Report on plague in the Punjab from October 1st ... to September 30th ..., being the ... season of plague in the province
Disease focus: Plague
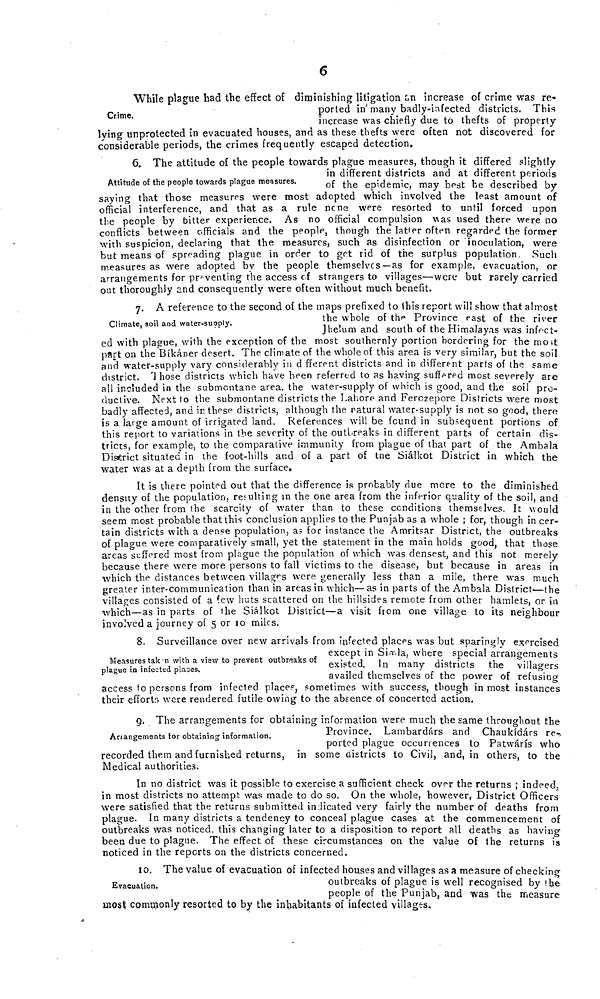
6
Crime.
While plague had the effect of diminishing litigation an increase of crime was re-
ported in many badly-infected districts. This
increase was chiefly due to thefts of property
lying unprotected in evacuated houses, and as these thefts were often not discovered tor
considerable periods, the crimes frequently escaped detection.
Attitude of the people towards plague measures.
6. The attitude of the people towards plague measures, though it differed slightly
in different districts and at different periods
of the epidemic, may best be described by
saying that those measures were most adopted which involved the least amount of
official interference, and that as a rule none were resorted to until forced upon
the people by bitter experience. As no official compulsion was used there were no
conflicts between officials and the people, though the latter often regarded the former
with suspicion, declaring that the measures, such as disinfection or inoculation, were
but means of spreading plague in order to get rid of the surplus population. Such
measures as were adopted by the people themselves—as for example, evacuation, or
arrangements for preventing the access of strangers to villages—were but rarely carried
out thoroughly and consequently were often without much benefit.
Climate, soil and water-supply.
7. A reference to the second of the maps prefixed to this report will show that almost
the whole of the Province east of the river
Jhelum and south of the Himalayas was infect-
ed with plague, with the exception of the most southernly portion bordering for the most
part on the Bikaner desert. The climate of the whole of this area is very similar, but the soil
and water-supply vary considerably in different districts and in different parts of the same
district. ' 1 hose districts which have been referred to as having suffered most severely are
all included in the submontane area. the water-supply of which is good, and the soil pro-
ductive. Next to the submontane districts the Lahore and Ferozepore Districts were most
badly affected, and in these districts, although the natural water-supply is not so good, there
is a large amount of irrigated land. References will be found in subsequent portions of
this report to variations in the severity of the outbreaks in different parts of certain dis-
tricts, for example, to the comparative immunity from plague of that part of the Ambala
District situated in the foot-hills and of a part of the Sialkot District in which the
water was at a depth from the surface.
It is there pointed out that the difference is probably due more to the diminished
density of the population, resulting in the one area from the inferior quality of the soil, and
in the other from the scarcity of water than to these conditions themselves. It would
seem most probable that this conclusion applies to the Punjab as a whole ; for, though in cer-
tain districts with a dense population, as for instance the Amritsar District, the outbreaks
of plague were comparatively small, yet the statement in the main holds good, that those
areas suffered most from plague the population of which was densest, and this not merely
because there were more persons to fall victims to the disease, but because in areas in
which the distances between villages were generally less than a mile, there was much
greater inter-communication than in areas in which—as in parts of the Ambala District—the
villages consisted of a few huts scattered on the hillsides remote from other hamlets, or in
which—as in parts of the Sialkot District—a visit from one village to its neighbour
involved a journey of 5 or 10 miles.
Measures tak'n with a view to prevent outbreaks of
plague in infected places.
8. Surveillance over new arrivals from infected places was but sparingly exercised
except in Simla, where special arrangements
existed. In many districts the villagers
availed themselves of the power of refusing
access to persons from infected places, sometimes with success, though in most instances
their efforts were rendered futile owing to the absence of concerted action.
Arrangements tor obtaining information.
9. The arrangements for obtaining information were much the same throughout the
Province. Lambardars and Chaukidars re-
ported plague occurrences to Patwaris who
recorded them and furnished returns, in some districts to Civil, and, in others, to the
Medical authorities.
In no district was it possible to exercise a sufficient check over the returns ; indeed,
in most districts no attempt was made to do so. On the whole, however, District Officers
were satisfied that the returns submitted indicated very fairly the number of deaths from
plague. In many districts a tendency to conceal plague cases at the commencement of
outbreaks was noticed. this changing later to a disposition to report all deaths as having
been due to plague. The effect of these circumstances on the value of the returns is
noticed in the reports on the districts concerned.
Evacuation.
10. The value of evacuation of infected houses and villages as a measure of checking
outbreaks of plague is well recognised by the
people of the Punjab, and was the measure
most commonly resorted to by the inhabitants of infected villages.